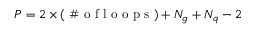
P = 2 \times ( \mathrm { ~ \# ~ o ~ f ~ l ~ o ~ o ~ p ~ s ~ } ) + { \cal N } _ { g } + { \cal N } _ { q } - 2